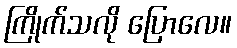
ကြိုက်သလို ပြောလေ။